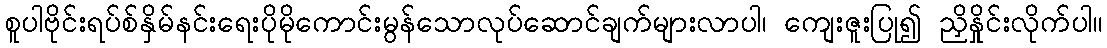
စူပါဗိုင်းရပ်စ်နှိမ်နင်းရေးပိုမိုကောင်းမွန်သောလုပ်ဆောင်ချက်များလာပါ၊ ကျေးဇူးပြု၍ ညှိနှိုင်းလိုက်ပါ။